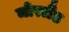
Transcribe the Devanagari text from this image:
मोरलैंड